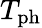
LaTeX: T_{\mathrm{ph}}